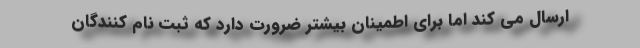
ارسال مي كند اما براي اطمينان بيشتر ضرورت دارد كه ثبت نام كنندگان